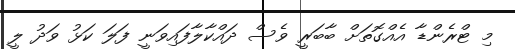
މި ޓްރެންޑާ އެއްގޮތަށް ބާބަރީ ވެސް ދައްކާލާފައިވަނީ ފަލަ ކަޅު ވަދު ލީ